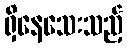
ရှိနေသေးသည့်